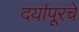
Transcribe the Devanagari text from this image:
दर्यापूरचे